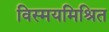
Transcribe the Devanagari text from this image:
विस्मयमिश्रित